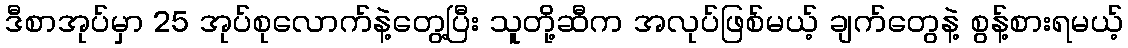
ဒီစာအုပ်မှာ 25 အုပ်စုလောက်နဲ့တွေ့ပြီး သူတို့ဆီက အလုပ်ဖြစ်မယ့် ချက်တွေနဲ့ စွန့်စားရမယ့်